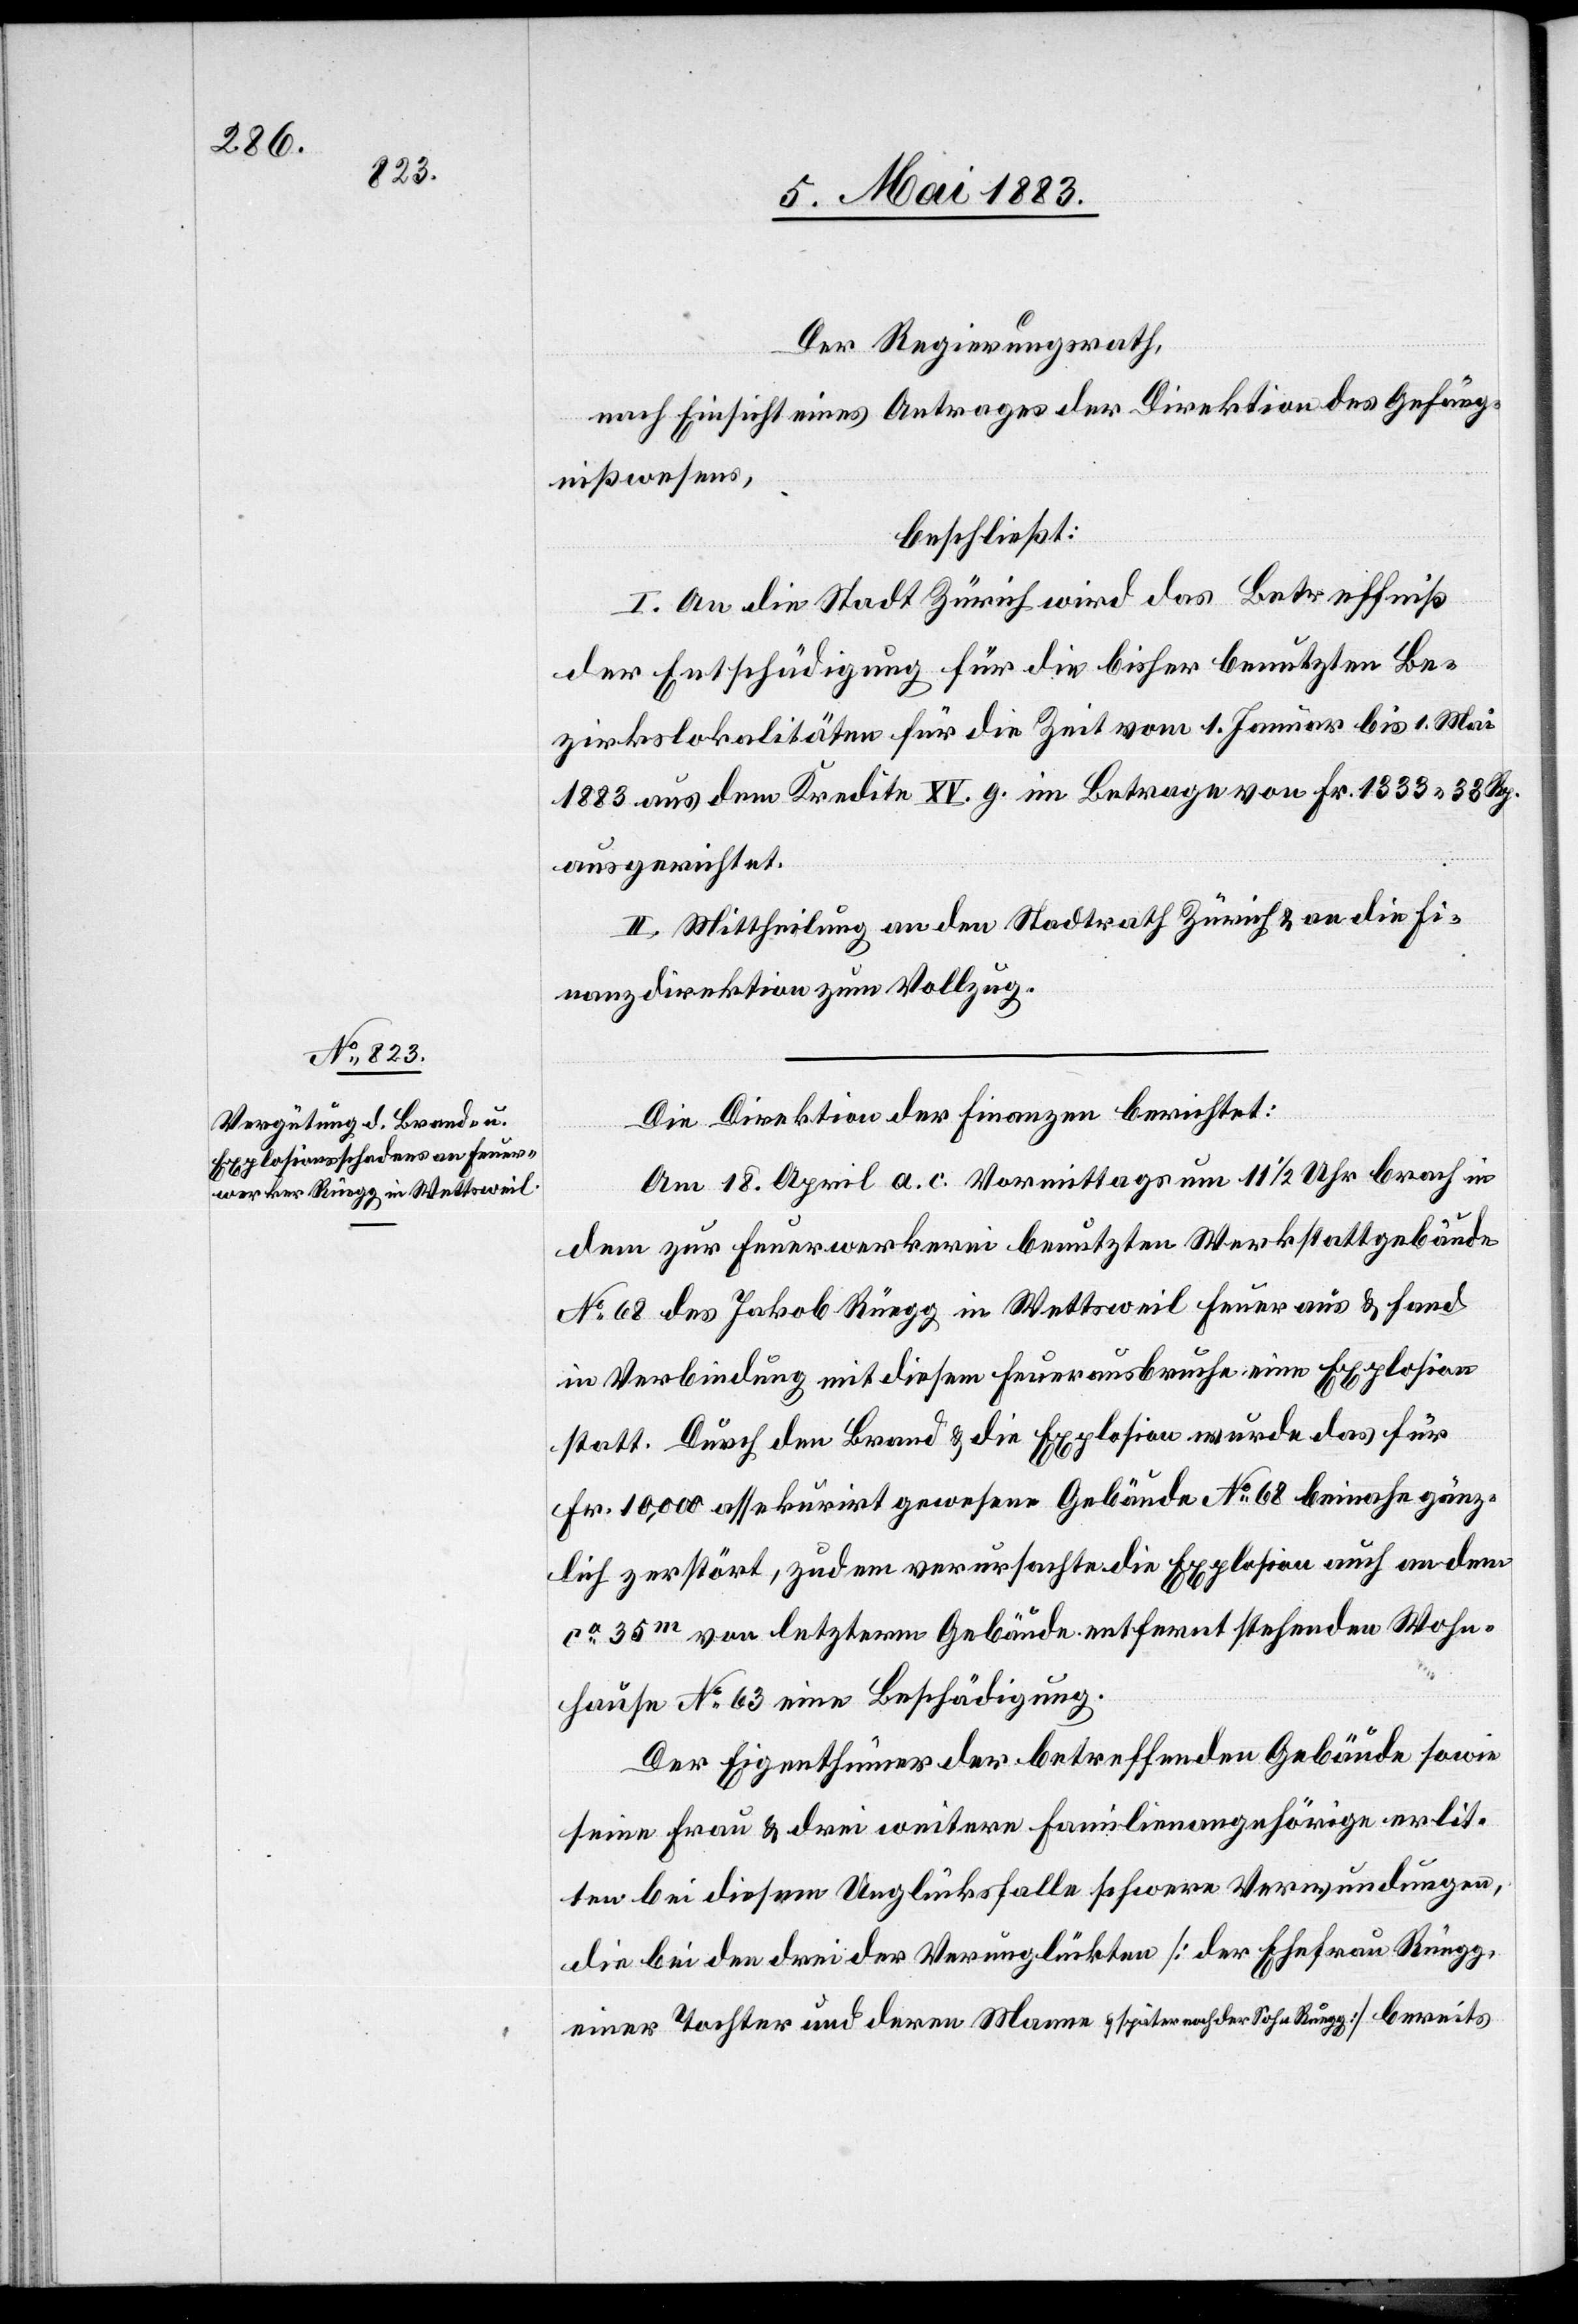
Der Regierungsrath,
nach Einsicht eines Antrages der Direktion des Gefäng¬
nißwesens,
beschließt:
I. An die Stadt Zürich wird das Betreffniß
der Entschädigung für die bisher benutzten Be¬
zirkslokalitäten für die Zeit vom 1. Januar bis 1. Mai
1883 aus dem Kredite XV. g. im Betrage von Fr. 1333 33 Rp.
ausgerichtet.
II. Mittheilung an den Stadtrath Zürich & an die Fi¬
nanzdirektion zum Vollzug.
Die Direktion der Finanzen berichtet:
Am 18. April a. c. Vormittags um 11 1/2 Uhr brach in
dem zur Feuerwerkerei benutzten Werkstattgebäude
No 68 des Jakob Rüegg in Wettsweil Feuer aus & fand
in Verbindung mit diesem Feuerausbruche eine Explosion
statt. Durch den Brand & die Explosion wurde das für
Fr. 10,000 assekurirt gewesene Gebäude No 68 beinahe gänz¬
lich zerstört, zudem verursachte die Explosion auch an dem
ca 35m von letzterm Gebäude entfernt stehenden Wohn¬
hause No 63 eine Beschädigung.
Der Eigenthümer der betreffenden Gebäude sowie
seine Frau & drei weitere Familienangehörigen erlit¬
ten bei diesem Unglücksfalle schwere Verwundungen,
die bei den drei der Verunglückten [der Ehefrau Rüegg,
einer Tochter und deren Manne & später noch der Sohn Ruegg [sic!]] bereits